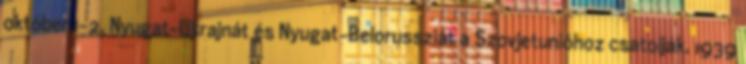
október 1-2. Nyugat-Ukrajnát és Nyugat-Belorussziát a Szovjetunióhoz csatolják. 1939